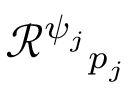
\mathcal { R } ^ { \psi _ { j } } { } _ { p _ { j } }